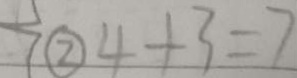
\textcircled { 2 } 4 + 3 = 7